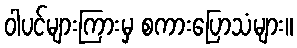
ဝါပင်များကြားမှ စကားပြောသံများ။